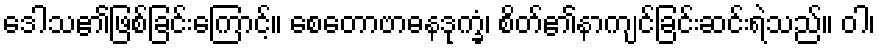
ဒေါသ၏ဖြစ်ခြင်းကြောင့်။ စေတောဗာဓနဒုက္ခံ၊ စိတ်၏နာကျင်ခြင်းဆင်းရဲသည်။ ဝါ၊